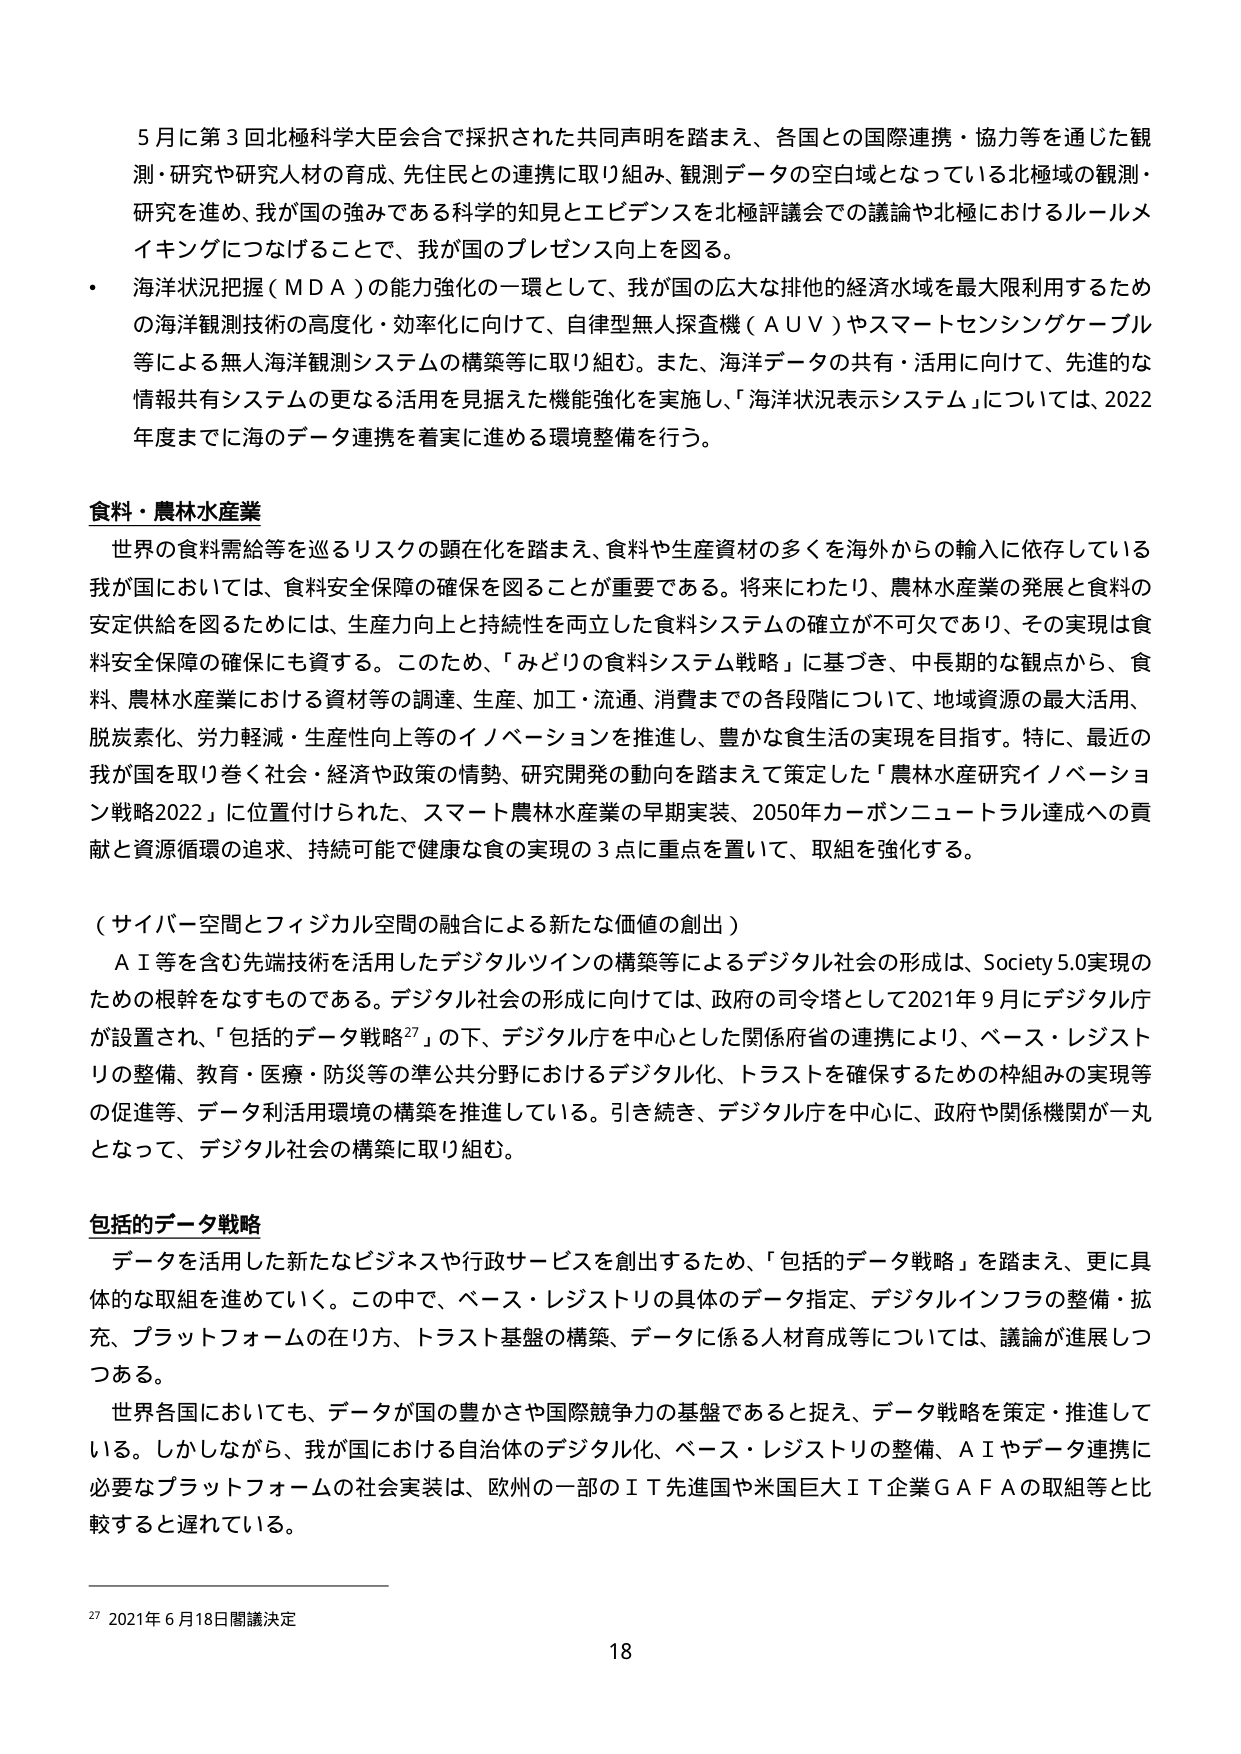
5月に第3回北極科学大臣会合で採択された共同声明を踏まえ、各国との国際連携・協力等を通じた観測・研究や研究人材の育成、先住民との連携に取り組み、観測データの空白域となっている北極域の観測・研究を進め、我が国の強みである科学的知見とエビデンスを北極評議会での議論や北極におけるルールメイキングにつなげることで、我が国のプレゼンス向上を図る。

・ 海洋状況把握（MDA）の能力強化の一環として、我が国の広大な排他的経済水域を最大限利用するための海洋観測技術の高度化・効率化に向けて、自律型無人探査機（AUV）やスマートセンシングケーブル等による無人海洋観測システムの構築等に取り組む。また、海洋データの共有・活用に向けて、先進的な情報共有システムの更なる活用を見据えた機能強化を実施し、「海洋状況表示システム」については、2022年度までに海のデータ連携を着実に進める環境整備を行う。

**食料・農林水産業**

世界の食料需給等を巡るリスクの顕在化を踏まえ、食料や生産資材の多くを海外からの輸入に依存している我が国においては、食料安全保障の確保を図ることが重要である。将来にわたり、農林水産業の発展と食料の安定供給を図るためには、生産力向上と持続性を両立した食料システムの確立が不可欠であり、その実現は食料安全保障の確保にも資する。このため、「みどりの食料システム戦略」に基づき、中長期的な観点から、食料、農林水産業における資材等の調達、生産、加工・流通、消費までの各段階について、地域資源の最大活用、脱炭素化、労力軽減・生産性向上等のイノベーションを推進し、豊かな食生活の実現を目指す。特に、最近の我が国を取り巻く社会・経済や政策の情勢、研究開発の動向を踏まえて策定した「農林水産研究イノベーション戦略2022」に位置付けられた、スマート農林水産業の早期実装、2050年カーボンニュートラル達成への貢献と資源循環の追求、持続可能で健康な食の実現の3点に重点を置いて、取組を強化する。

（サイバー空間とフィジカル空間の融合による新たな価値の創出）

AI等を含む先端技術を活用したデジタルツインの構築等によるデジタル社会の形成は、Society 5.0実現のための根幹をなすものである。デジタル社会の形成に向けては、政府の司令塔として2021年9月にデジタル庁が設置され、「包括的データ戦略27」の下、デジタル庁を中心とした関係府省の連携により、ベース・レジストリの整備、教育・医療・防災等の準公共分野におけるデジタル化、トラストを確保するための枠組みの実現等の促進等、データ利活用環境の構築を推進している。引き続き、デジタル庁を中心に、政府や関係機関が一丸となって、デジタル社会の構築に取り組む。

**包括的データ戦略**

データを活用した新たなビジネスや行政サービスを創出するため、「包括的データ戦略」を踏まえ、更に具体的な取組を進めていく。この中で、ベース・レジストリの具体的数据指定、デジタルインフラの整備・拡充、プラットフォームの在り方、トラスト基盤の構築、データに係る人材育成等については、議論が進展しつつある。

世界各国においても、データが国の豊かさや国際競争力の基盤であると捉え、データ戦略を策定・推進している。しかしながら、我が国における自治体のデジタル化、ベース・レジストリの整備、AIやデータ連携に必要なプラットフォームの社会実装は、欧州の一部のIT先進国や米国巨大IT企業GAFAの取組等と比較すると遅れている。

27 2021年6月18日閣議決定

18